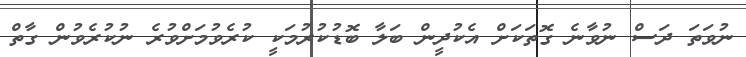
ނުވަތަ ދަސް ނުވާނެ ގޮތަކަށް އެކުދީން ބަލާ ބޮޑުކުރުމަކީ ކުރެވުމަށްވުރެ ނުކުރެވުން ގާތް